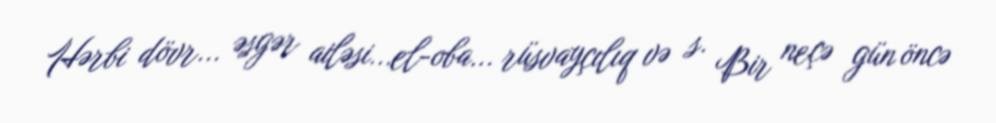
Hərbi dövr... əsgər ailəsi...el-oba... rüsvayçılıq və s. Bir neçə gün öncə